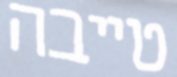
טייבה